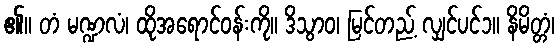
၏။ တံ မဏ္ဍလံ၊ ထိုအရောင်ဝန်းကို။ ဒိသွာဝ၊ မြင်တည့် လျှင်ပင်၁။ နိမိတ္တံ၊